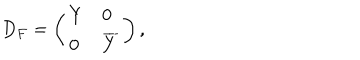
LaTeX: D _ { F } = \left( \begin{array} { l l } { { Y } } & { { 0 } } \\ { { 0 } } & { { \overline { { { Y } } } } } \\ \end{array} \right) ,